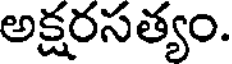
అక్షరసత్యం.